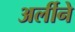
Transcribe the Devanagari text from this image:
अर्लीने